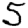
Digit: 5